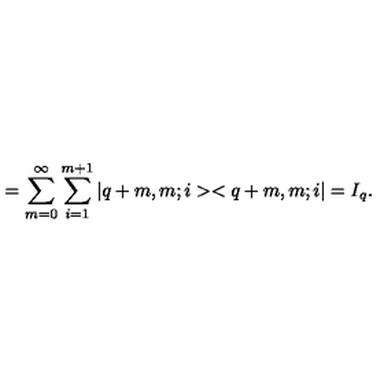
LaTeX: = \sum _ { m = 0 } ^ { \infty } \sum _ { i = 1 } ^ { m + 1 } | q + m , m ; i > < q + m , m ; i | = I _ { q } .